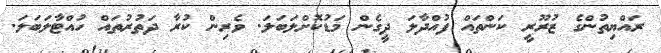
ރައްޔިތުންގެ ޒުރޫރީ ކަންތައް ފުއްދާލަ ދީގެން މަޑުކޮށްލަބަލަ. ވެރިން ކުރާ ދަތުރުތައް ހުއްޓާލަބަލަ.